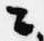
々